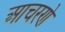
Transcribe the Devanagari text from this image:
आचरणे